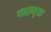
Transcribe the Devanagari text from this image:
गतम्॥